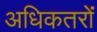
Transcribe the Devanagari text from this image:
अधिकतरों